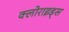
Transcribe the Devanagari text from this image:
क्लोराइड्स